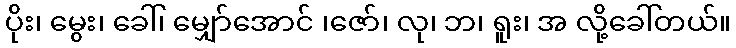
ပိုး၊ မွေး၊ ခေါ်၊ မျှော်အောင် ၊ဇော်၊ လု၊ ဘ၊ ရူး၊ အ လို့ခေါ်တယ်။